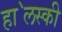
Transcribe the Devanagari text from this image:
हा॓लस्की